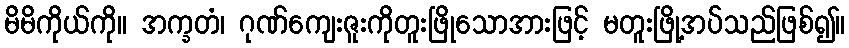
မိမိကိုယ်ကို။ အက္ခတံ၊ ဂုဏ်ကျေးဇူးကိုတူးဖြိုသောအားဖြင့် မတူးဖြို့အပ်သည်ဖြစ်၍။